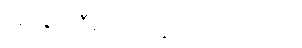
အရေးကြီးတာတွေကိုသာ လုပ်ပါ။